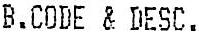
B.CODE & DESC.